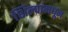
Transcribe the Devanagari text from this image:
शिल्पांमधून